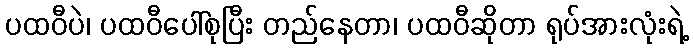
ပထဝီပဲ၊ ပထဝီပေါ်စုပြီး တည်နေတာ၊ ပထဝီဆိုတာ ရုပ်အားလုံးရဲ့